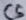
Text: C5